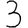
Digit: 3